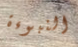
النبوءة